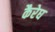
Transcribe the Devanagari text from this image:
कैरेघ